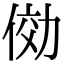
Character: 俲